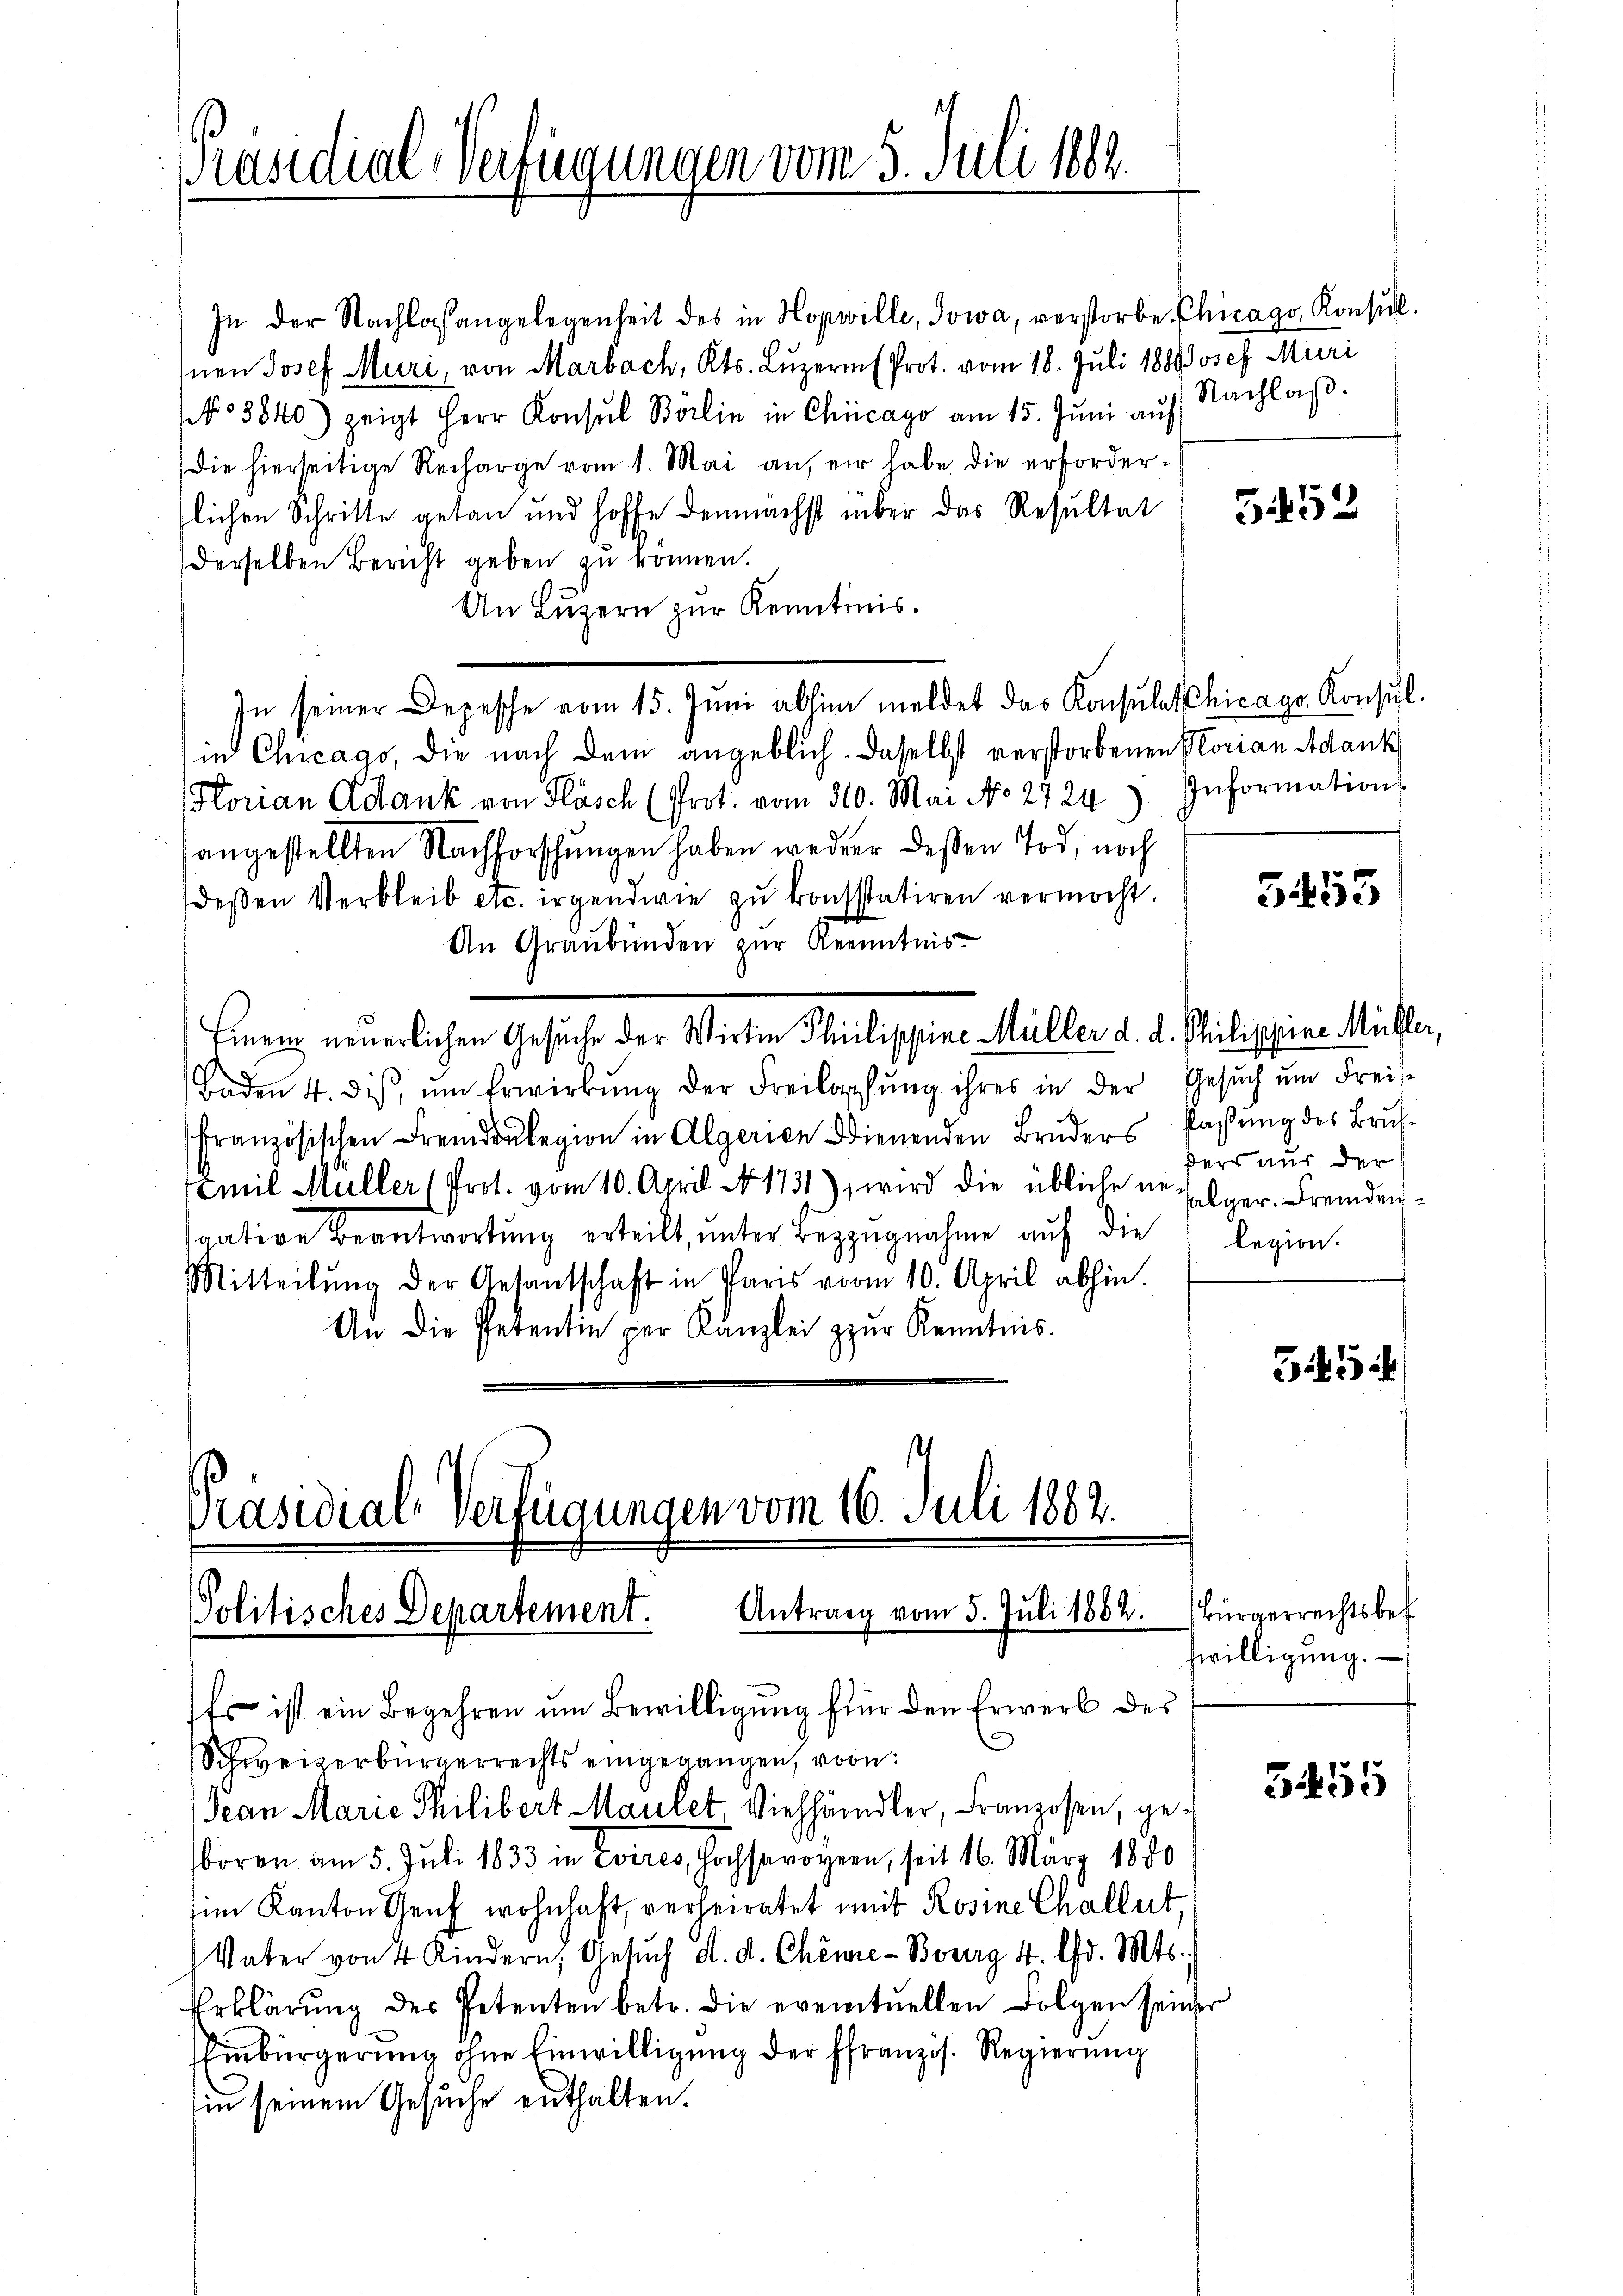
Präsidial-Verfügungen vom 5. Juli 1882.

In seiner Depesche vom 15. Jŭni abhin meldet das Konsulat Chicago Konsil.

Präsidial-Verfügungen vom 16. Juli 1882.
Politisches Departement. Antrag vom 5. Juli 1882.

In der Nachlaßangelegenheit des in Hopwille, Sowa, verstorbe Chicago, Konsŭl.
Inen Josef Muri, von Marbach, Kts. Luzern (Prot. vom 18. Juli 1888 Josef Muri
NNo 3840) zeigt Herr Konsul Börlin in Chicago am 15. Jŭni aŭf Nachlaβ.
Die hierseitige Recharge vom 1. Mai an, er habe die erforderslichen Schritte getan und hoffe demnächst über das Resultat
derselben Bericht geben zu können.
An Luzern zur Kenntnis.
in Chicago, die nach dem angeblich. Daselbst verstorbenen Horian Adank
Hlorian Adank von Flasch (Prot. vom 310. Mai No 2724) Informations
angestellten Nachforschungen haben weder deßen Tod, noch
deβen Verbleib etc. irgendwie zŭ konsstatiren vermocht.
An Graubünden zur Kenntnis.
Einem neuerlichen Gesuche der Wirtin Philippine Müller d. d. Philippine Müller,
Baden 4. diβ ŭm Erwirkŭng der Freilassŭng ihres in der Gesŭch ŭm Freis-
französischen Fremdenlegion in Algerien dienenden Brŭders Passŭng des Brŭt-
mil Müller (Prot. vom 10. April No 1731), wird die übliche in Eolger Fremdenvative Beantwortung erteilt, unter Bezugnahme auf die
Mitteilŭng der Gesantschaft in Paris vom 10. April abhin.
An die Petentie per Kanzlei zur Kenntnis.

Es ist ein Begehren um Bewilligung für den Erwerb des
Schweizerbürgerrechts eingegangen, vorn
Jean Marie Philibert Maulet, Viehhändler, Franzosen, geboren am 5. Juli 1833 in Evires, Hochsaroyern, seit 16. März 1880
im Kanton Genf wohnhaft, verheiratet mit Rosine Challert,
Vater von 4 Kindern, Gesŭch d. d. Chemie-Bourg 4. lfd. Mts.
Erklärung des Petenten betr. die eventuellen Folgen seiner
Einbürgerung ohne Einwilligung der ffranzös. Regierung
in seinem Gesuche enthalten.

552

5453

ders aus der
legion.

3

Bürgerrechtsbet
zwilligung.

5455